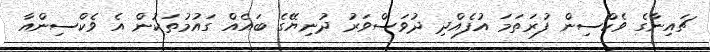
ޗައިނާގެ ވެކްސިން ފުރަތަމަ އުފެއްދި ދުވަސްވަރު ދުނިޔޭގެ ބައެއް ގައުމުތަކުން އެ ވެކްސިންއާ